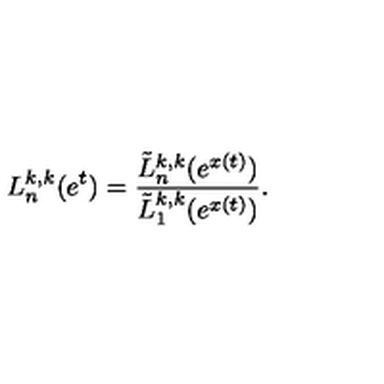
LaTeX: L _ { n } ^ { k , k } ( e ^ { t } ) = \frac { \tilde { L } _ { n } ^ { k , k } ( e ^ { x ( t ) } ) } { \tilde { L } _ { 1 } ^ { k , k } ( e ^ { x ( t ) } ) } .